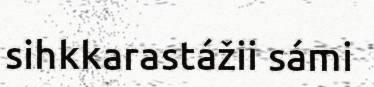
sihkkarastážii sámi